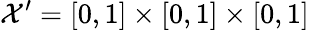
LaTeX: \mathcal{X}^{\prime}=[0,1]\times[0,1]\times[0,1]